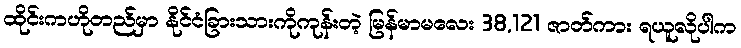
ထိုင်းကဟိုတည်မှာ နိုင်ငံခြားသားကိုကုန်းတဲ့ မြန်မာမလေး 38,121 ဇာတ်ကား ရယူလိုပါက